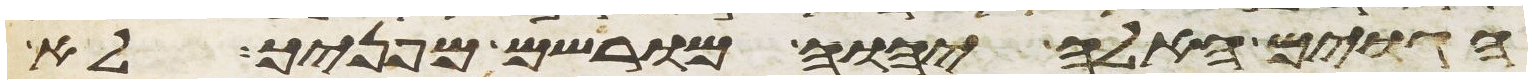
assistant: הגוים האלה יהוה מורישם מפניך לא